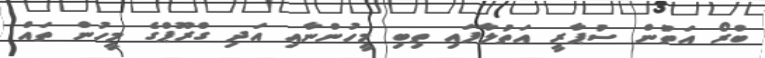
ބްރޯ އަތުން ސުޕާރީ އަތުލާފައި ތިބި މީހުންނާއި އަދި ގްރޫޕްގެ މީހުން ތައް